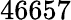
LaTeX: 46657